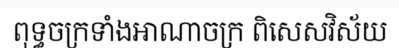
ពុទ្ធចក្រទាំងអាណាចក្រ ពិសេសវិស័យ